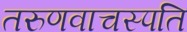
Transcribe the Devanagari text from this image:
तरुणवाचस्पति